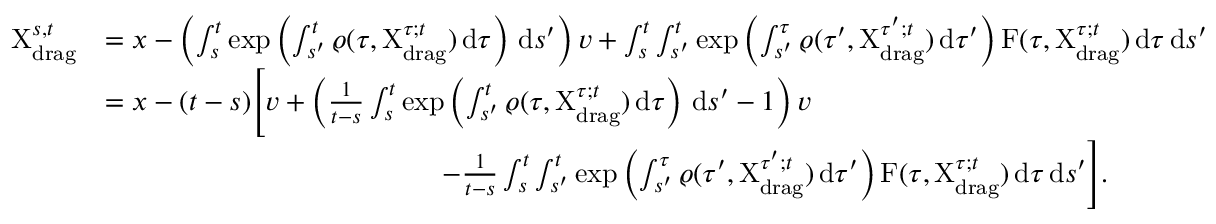
\begin{array} { r l } { \mathrm { X } _ { \mathrm { d r a g } } ^ { s , t } } & { = x - \left( \int _ { s } ^ { t } \exp \left( \int _ { s ^ { \prime } } ^ { t } \varrho ( \tau , \mathrm { X } _ { \mathrm { d r a g } } ^ { \tau ; t } ) \, \mathrm { d } \tau \right) \, \mathrm { d } s ^ { \prime } \right) v + \int _ { s } ^ { t } \int _ { s ^ { \prime } } ^ { t } \exp \left( \int _ { s ^ { \prime } } ^ { \tau } \varrho ( \tau ^ { \prime } , \mathrm { X } _ { \mathrm { d r a g } } ^ { \tau ^ { \prime } ; t } ) \, \mathrm { d } \tau ^ { \prime } \right) \mathrm { F } ( \tau , \mathrm { X } _ { \mathrm { d r a g } } ^ { \tau ; t } ) \, \mathrm { d } \tau \, \mathrm { d } s ^ { \prime } } \\ & { = x - ( t - s ) \Bigg [ v + \left( \frac { 1 } { t - s } \int _ { s } ^ { t } \exp \left( \int _ { s ^ { \prime } } ^ { t } \varrho ( \tau , \mathrm { X } _ { \mathrm { d r a g } } ^ { \tau ; t } ) \, \mathrm { d } \tau \right) \, \mathrm { d } s ^ { \prime } - 1 \right) v } \\ & { \qquad \qquad \qquad \qquad \qquad \qquad - \frac { 1 } { t - s } \int _ { s } ^ { t } \int _ { s ^ { \prime } } ^ { t } \exp \left( \int _ { s ^ { \prime } } ^ { \tau } \varrho ( \tau ^ { \prime } , \mathrm { X } _ { \mathrm { d r a g } } ^ { \tau ^ { \prime } ; t } ) \, \mathrm { d } \tau ^ { \prime } \right) \mathrm { F } ( \tau , \mathrm { X } _ { \mathrm { d r a g } } ^ { \tau ; t } ) \, \mathrm { d } \tau \, \mathrm { d } s ^ { \prime } \Bigg ] . } \end{array}